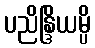
ပညိန္ဒြိယမ္ပိ